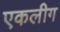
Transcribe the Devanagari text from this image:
एकलीग